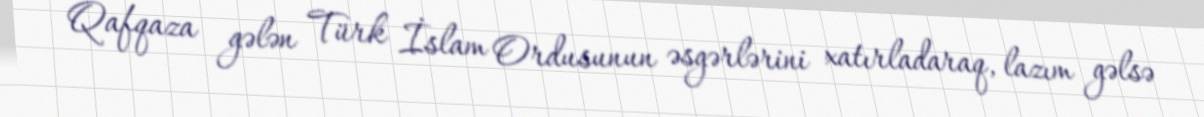
Qafqaza gələn Türk İslam Ordusunun əsgərlərini xatırladaraq, lazım gəlsə